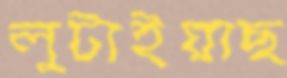
লুটাইয়াছ